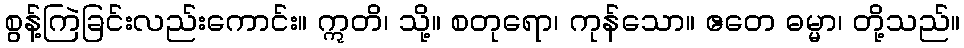
စွန့်ကြဲခြင်းလည်းကောင်း။ ဣတိ၊ သို့။ စတုရော၊ ကုန်သော။ ဧတေ ဓမ္မာ၊ တို့သည်။